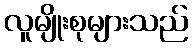
လူမျိုးစုများသည်